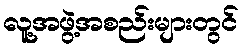
လူ့အဖွဲ့အစည်းများတွင်